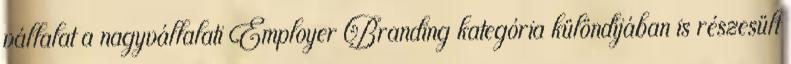
vállalat a nagyvállalati Employer Branding kategória különdíjában is részesült